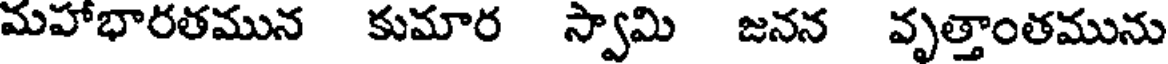
మహాభారతమున కుమార స్వామి జనన వృత్తాంతమును